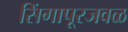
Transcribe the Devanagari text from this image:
सिंगापूरजवळ